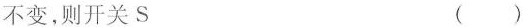
不变，则开关S ()